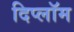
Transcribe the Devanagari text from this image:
दिप्लॉम